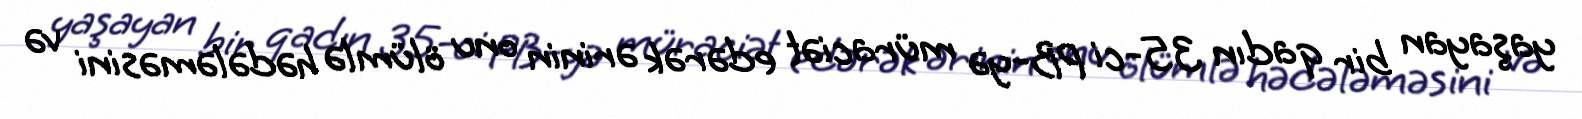
yaşayan bir qadın 35-ci PB-yə müraciət edərək ərinin onu ölümlə hədələməsini və